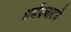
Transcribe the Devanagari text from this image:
धर्मप्रचाराचे